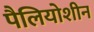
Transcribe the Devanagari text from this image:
पैलियोशीन